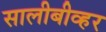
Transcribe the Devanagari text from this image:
सालीबीव्हर